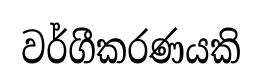
වර්ගීකරණයකි